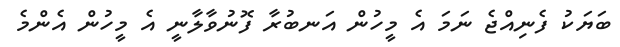
ބަޔަކު ފެނިއްޖެ ނަމަ އެ މީހުން އަނބުރާ ފޮނުވާލާނީ އެ މީހުން އެންމެ